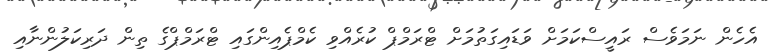
އެހެން ނަމަވެސް ރައީސްކަމަށް ވަޑައިގަތުމަށް ޓްރަމްޕް ކުރެއްވި ކެމްޕެއިންގައި ޓްރަމްޕްގެ ތިން ދަރިކަލުންނާއި